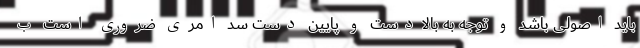
باید اصولی باشد و توجه به بالادست و پایین دست سد امری ضروری است ب